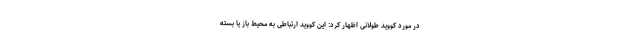
در مورد کووید طولانی اظهار کرد: این کووید ارتباطی به محیط باز یا بسته